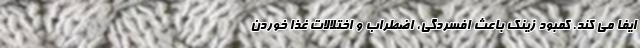
ایفا می کند. کمبود زینک باعث افسردگی، اضطراب و اختلالات غذا خوردن